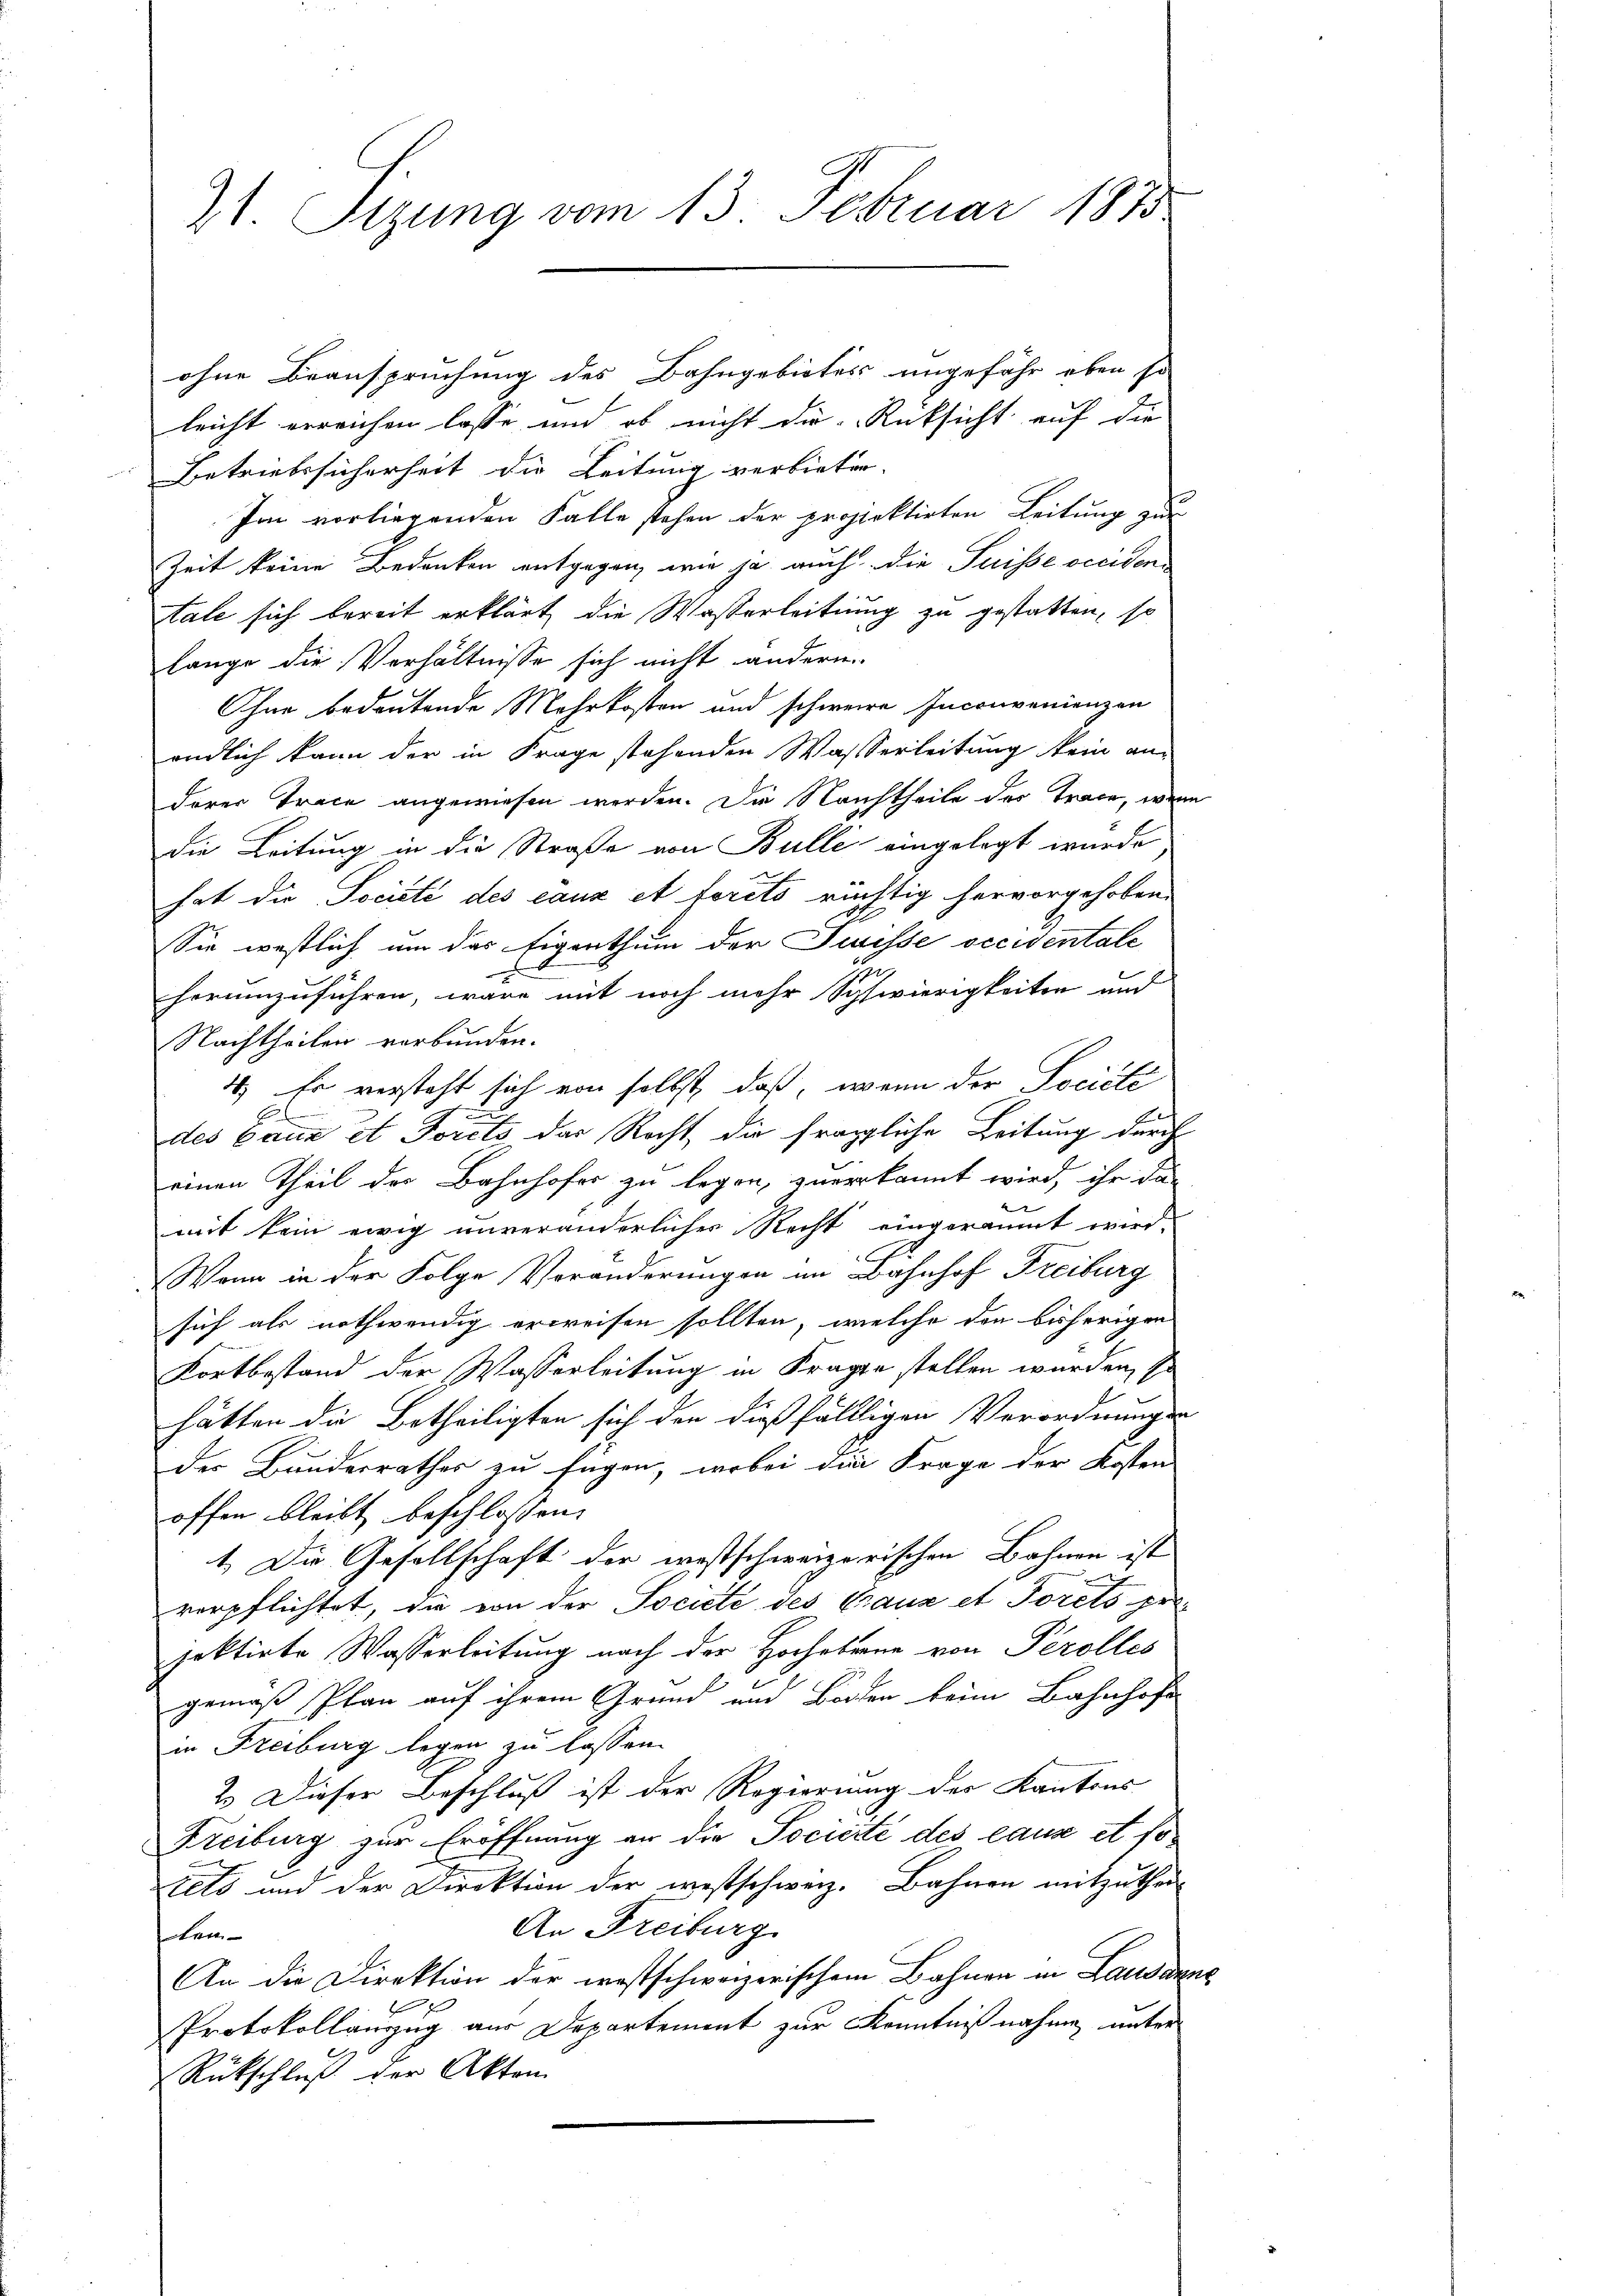
21. Sizung vom 13. Februar 1873

ohne Beanspruchung des Bahngebietes ungefähr eben so
leicht erreichen lasse und ob nicht die Rüksicht auf die
Betriebssicherheit die Leitung verbieten.
Im vorliegenden Falle stehen der projektirten Leitung zur
Zeit keine Bedenken entgegen, wie ja auch die Suisse beiden
tale sich bereit erklärt, die Wasserleitung zu gestatten, so
lange die Verhältnisse sich nicht andern
Ohne bedeutende Mehrkosten und schwere Inconvenienzen
endlich kann der in Frage stehenden Wasserleitung kein an-
derer Trace angewiesen werden. Die Nachtheile der Trace, wenn
Die Leitung in die Straße von Bulle eingelegt wurde,
hat die Société des eaux et terito richtig hervorgehoben.
Sie westlich um das Eigenthum der Jurisse occidentale
herumzuführen, wäre mit noch mehr Schwierigkeiten und
Nachtheilen verbunden.
4.) Es versteht sich von selbst, daß, wenn der Société
u
6
des paun et Porcts das Recht, die fragliche Leitung durch
einen Theil der Bahnhofer zu legen, zuerkannt wird, ihr da-
mit kein ewig unveränderliches Recht eingeräumt wird.
Wenn in der Folge Veränderungen im Bahnhof Freiburg
sich als nothwendig erweisen sollten, welche den bisherigen
Fortbestand der Wasserleitung in Fragen stellen wurden, so
hätten die Betheiligten sich den dießfällligen Verordnungen
der Bunderrathes zu sagen, wobei die Frage der Kosten
offen bleibt beschlossen:
1. Die Gesellschaft der westschweizerischen Bahnen ist
verpflichtet, die von der Societe des Graus et Toreto pr
jektirte Wasserleitung nach der Hochebene von Perolles
gemäß Plan auf ihrem Grund und Boden beim Bahnhofe
in Freiburg legen zu lassen.
2. Dieser Beschluß ist der Regierung der Kantons
Freiburg zur Eröffnung an die Socierte des eaux et soiets und der Direktion der westschweiz. Bahnen mitzutheil
An Freiburg
kan
An die Direktion der westschweizerischem Bahnen in Lausanne
Protokollauszug aus Departement zur Kenntnißnahme unter
Rückschluß der Akten